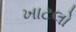
ખાટલો